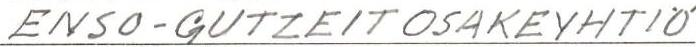
ENSO-GUTZEIT OSAKEYHTIÖ